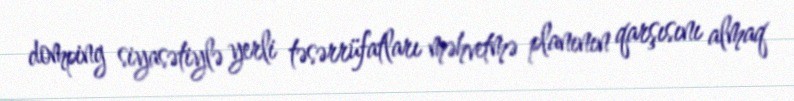
domping siyasətiylə yerli təsərrüfatları məhvetmə planının qarşısını almaq